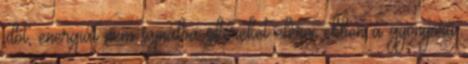
időt, energiát nem sajnálva sikereket elérni ebben a gyönyörű